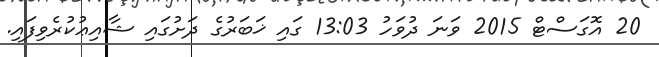
20 އޮގަސްޓް 2015 ވަނަ ދުވަހު 13:03 ގައި ޚަބަރުގެ ދަށުގައި ޝާއިޢުކުރެވިފައި.